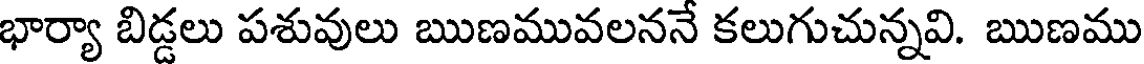
భార్యా బిడ్డలు పశువులు ఋణమువలననే కలుగుచున్నవి. ఋణము